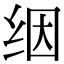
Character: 𬘡